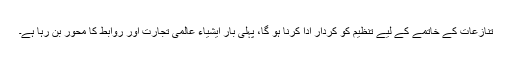
تنازعات کے خاتمے کے لیے تنظیم کو کردار ادا کرنا ہو گا، پہلی بار ایشیاء عالمی تجارت اور روابط کا محور بن رہا ہے۔